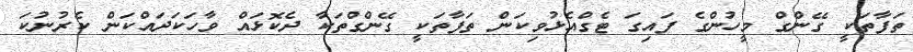
ތަފާތަކީ ގޭންގް މީހުންގެ ފައިގަ ޓެގްއެޅުވިކަން ތަފާތަކީ ގޭންގްތަކާ ދެކޮޅައް ވާހަކަދައްކަން ކެރުނުކަ